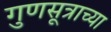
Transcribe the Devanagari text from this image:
गुणसूत्राच्या